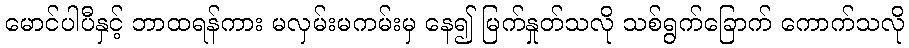
မောင်ပါပီနှင့် ဘာထရန်ကား မလှမ်းမကမ်းမှ နေ၍ မြက်နှုတ်သလို သစ်ရွက်ခြောက် ကောက်သလို